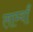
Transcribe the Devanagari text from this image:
लाम्याँ